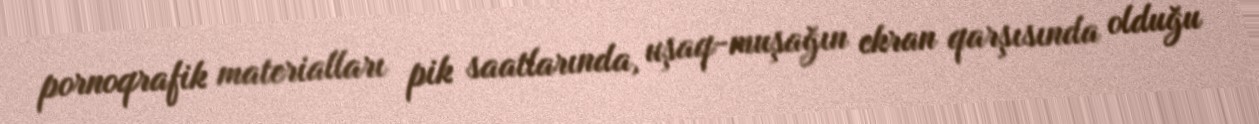
pornoqrafik materialları pik saatlarında, uşaq-muşağın ekran qarşısında olduğu